Annual report on vaccination in Mysore, 1879-1880 - 1879-1880
Year: 1879
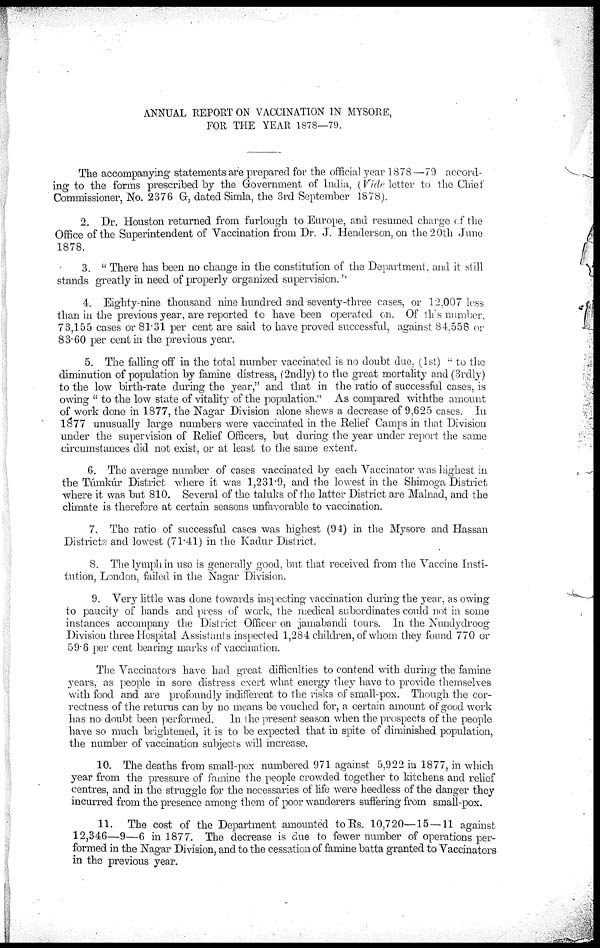
ANNUAL REPORT ON VACCINATION IN MYSORE,
FOR THE YEAR 1878—79.
The accompanying statements are prepared for the official year 1878—79 accord-
ing to the forms prescribed by the Government of India, (Vide letter to the Chief
Commissioner, No. 2376 G, dated Simla, the 3rd September 1878).
2. Dr. Houston returned from furlough to Europe, and resumed charge of the
Office of the Superintendent of Vaccination from Dr. J. Henderson, on the 20th June
1878.
3. " There has been no change in the constitution of the Department, and it still
stands greatly in need of properly organized supervision.''
4. Eighty-nine thousand nine hundred and seventy-three cases, or 12,007 loss
than in the previous year, are reported to have been operated on. Of this number.
73,155 cases or 81.31 per cent are said to have proved successful, against 84,558 or
83.60 per cent in the previous year.
5. The falling off in the total number vaccinated is no doubt due, (1st) " to the
diminution of population by famine distress, (2ndly) to the great mortality and (3rdly)
to the low birth-rate during the year," and that in the ratio of successful cases, is
owing " to the low state of vitality of the population." As compared with the amount
of work done in 1877, the Nagar Division alone shews a decrease of 9,625 cases. In
1877 unusually large numbers were vaccinated in the Relief Camps in that Division
under the supervision of Relief Officers, but during the year under report the same
circumstances did not exist, or at least to the same extent.
6. The average number of cases vaccinated by each Vaccinator was highest in
the Túmkúr District where it was 1,231.9, and the lowest in the Shimoga District
where it was but 810. Several of the taluks of the latter District are Malnad, and the
climate is therefore at certain seasons unfavorable to vaccination.
7. The ratio of successful cases was highest (94) in the Mysore and Hassan
Districts and lowest (71.41) in the Kadur District.
8. The lymph in use is generally good, but that received from the Vaccine Insti-
tution, London, failed in the Nagar Division.
9. Very little was done towards inspecting vaccination during the year, as owing
to paucity of hands and press of work, the medical subordinates could not in some
instances accompany the District Officer on jamabandi tours. In the Nundydroog
Division three Hospital Assistants inspected 1,284 children, of whom they found 770 or
59.6 per cent bearing marks of vaccination.
The Vaccinators have had great difficulties to contend with during the famine
.years, as people in sore distress exert what energy they have to provide themselves
with food and are profoundly indifferent to the risks of small-pox. Though the cor-
rectness of the returns can by no means be vouched for, a certain amount of good work
has no doubt been performed.
In the present season when the prospects of the people
have so much brightened, it is to be expected that in spite of diminished population,
the number of vaccination subjects will increase.
10. The deaths from small-pox numbered 971 against 5,922 in 1877, in which
year from the pressure of famine the people crowded together to kitchens and relief
centres, and in the struggle for the necessaries of life were heedless of the danger they
incurred from the presence among them of poor wanderers suffering from small-pox.
11. The cost of the Department amounted to Rs. 10,720—15—11 against
12,346—9—6 in 1877. The decrease is due to fewer number of operations per-
formed in the Nagar Division, and to the cessation of famine batta granted to Vaccinators
in the previous year.